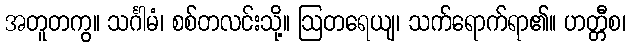
အတူတကွ။ သင်္ဂါမံ၊ စစ်တလင်းသို့။ ဩတရေယျ၊ သက်ရောက်ရာ၏။ ဟတ္တီစ၊